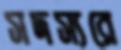
সদস্যরে